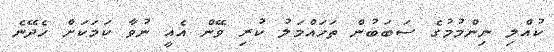
ކުއްލި ނިންމުމުގެ ސަބަބުން ތަހައްމަލު ކުރި ވޭން އެއީ ނުވާ ކަމަކަށް ހެދޭނެ